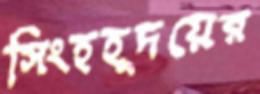
সিংহহূদয়ের